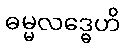
ဓမ္မလဒ္ဓေဟိ